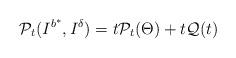
LaTeX: \begin{align*}\mathcal P_t (I^{b^*}, I^\delta) = t \mathcal P_t (\Theta) + t \mathcal Q (t)\end{align*}